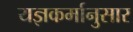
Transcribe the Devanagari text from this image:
यज्ञकर्मानुसार